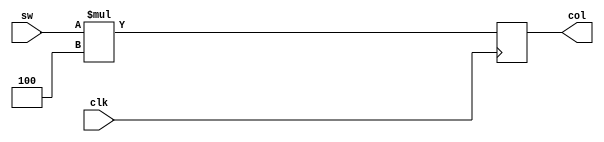
module SW_to_Color(
	input						clk,
	input			[9:0]		sw,
	output reg	[11:0]	col
);

always @(posedge clk) begin
	col <= sw * 4;
end

endmodule